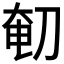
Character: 𰄴